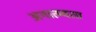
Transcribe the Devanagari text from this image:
अनात्म्यता